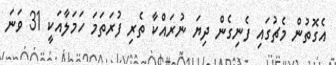
އެގޮތުން މެޗުގައި ފެނިގެން ދިޔަ ނުރައްކާ ތެރި ފުރަތަމަ ހަމަލާއަކީ 31 ވަނަ